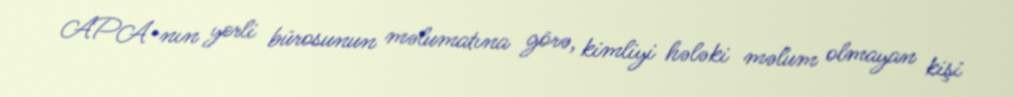
APA-nın yerli bürosunun məlumatına görə, kimliyi hələki məlum olmayan kişi